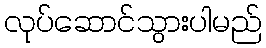
လုပ်ဆောင်သွားပါမည်